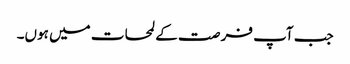
جب آپ فر صت کے لمحات میں ہوں۔